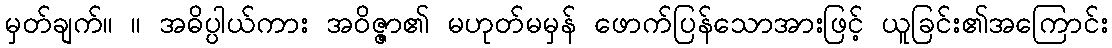
မှတ်ချက်။ ။ အဓိပ္ပါယ်ကား အဝိဇ္ဇာ၏ မဟုတ်မမှန် ဖောက်ပြန်သောအားဖြင့် ယူခြင်း၏အကြောင်း